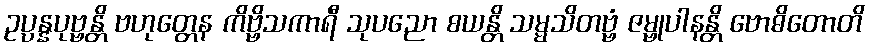
ဥပ္ပန္နပုဗ္ဗန္တိ ဗဟုတ္တေန ကိဗ္ဗိသကာရီ သုပညော စယန္တိ သမ္မသိတဗ္ဗံ ဇမ္ဗုပါနန္တိ ဗောဓိတောတိ